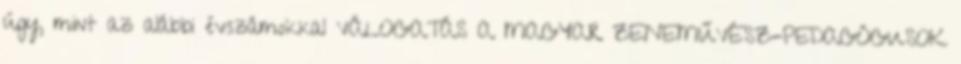
úgy, mint az alábbi évszámokkal VÁLOGATÁS A MAGYAR ZENEMŰVÉSZ-PEDAGÓGUSOK